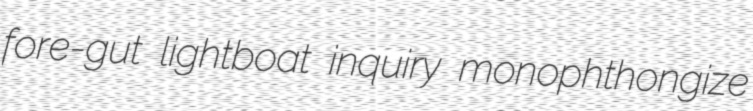
fore-gut lightboat inquiry monophthongize